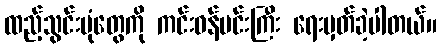
ထည့်သွင်းပုံတွေကို ကင်းဝန်မင်းကြီး ရေးမှတ်ခဲ့ပါတယ်။